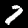
Label: 7